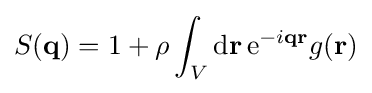
S(\mathbf {q} )=1+\rho \int _{V}\mathrm {d} \mathbf {r} \,\mathrm {e} ^{-i\mathbf {q} \mathbf {r} }g(\mathbf {r} )